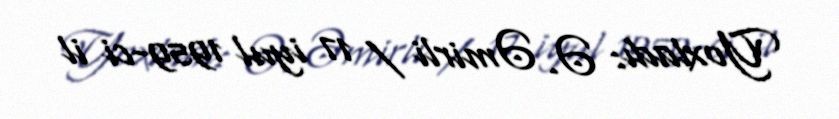
Yoxladı: Ə. Əmirli / 17 iyul 1959-ci il